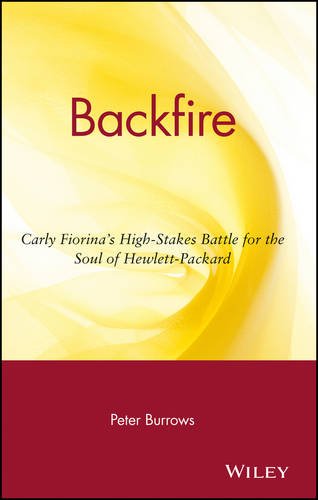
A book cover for Backfire: Carly Fiorina's High-Stakes Battle for the Soul of Hewlett-Packard; Peter Burrows; Computers & Technology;